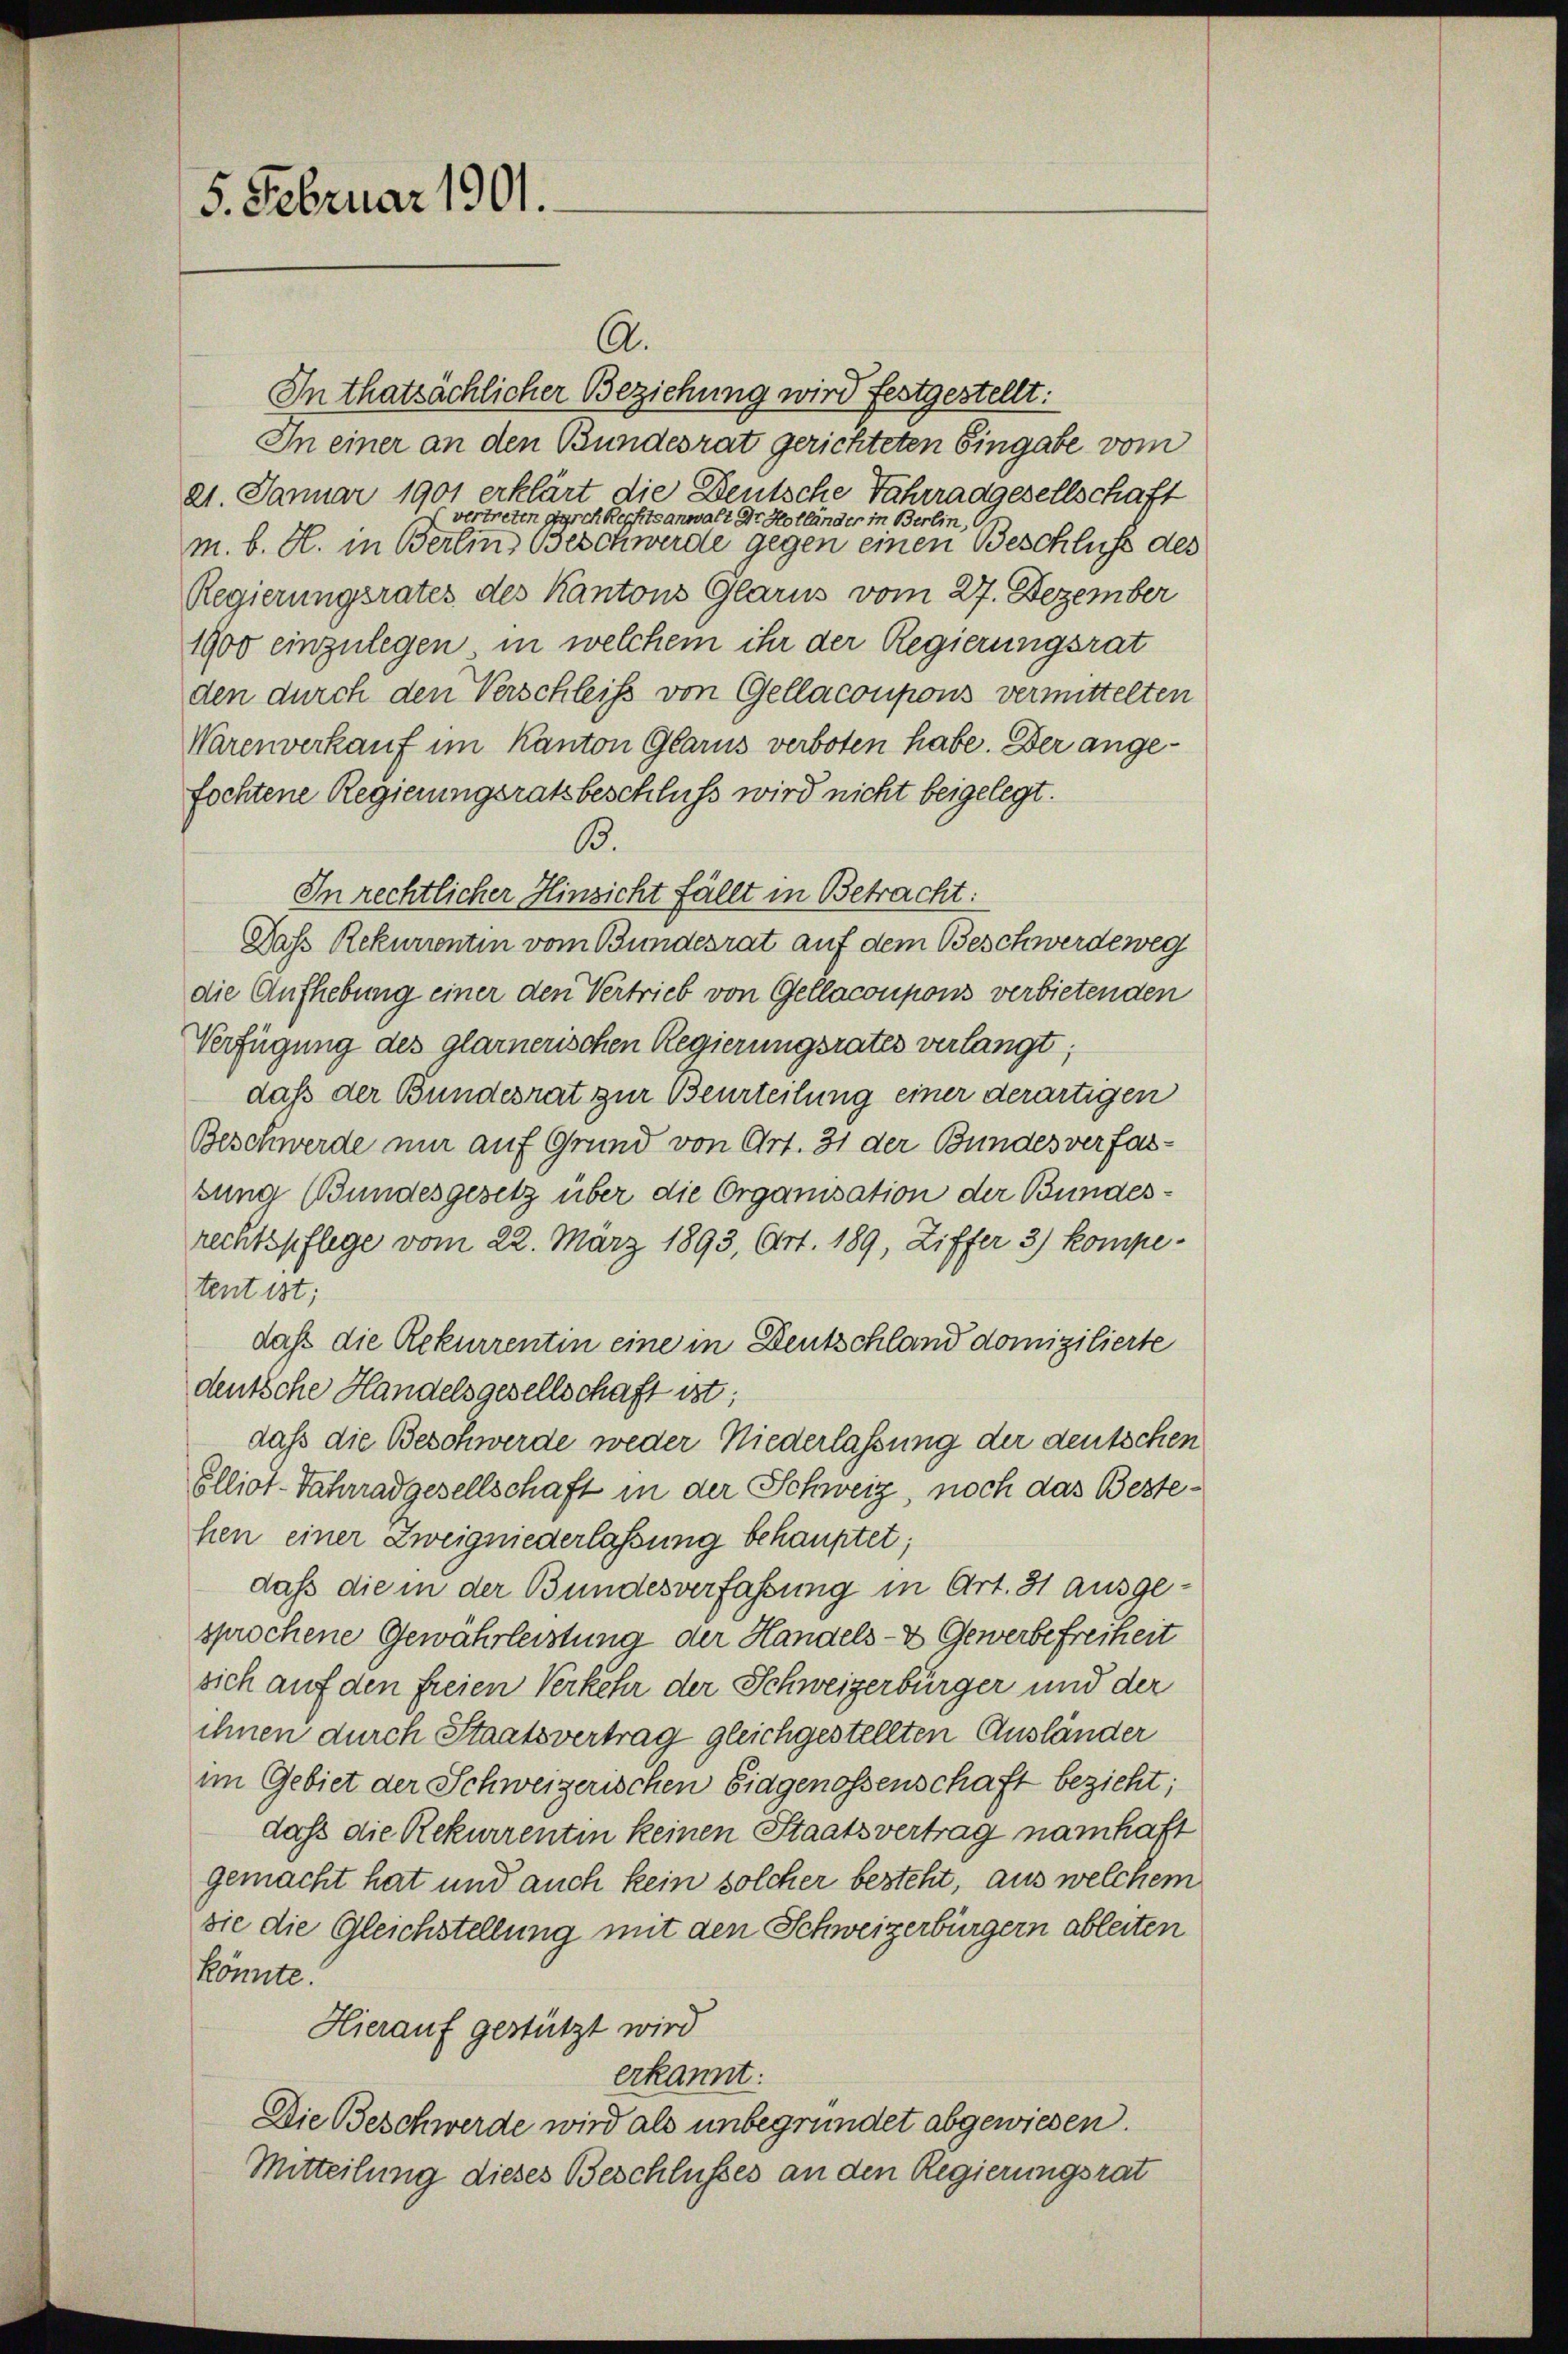
5. Februar 1901.

In thatsächlicher Beziehung wird festgestellt:
In einer an den Bundesrat gerichteten Eingabe vom
21. Januar 1901 erklärt die Deutsche Fahrrangesellschaft
vertreten durch Rechtsanwalt Dr Holländer in Berlin, Or
m. b. H. in Berlin, Beschwerde gegen einen Beschluss des
Regierungsrates des Kantons Glarus vom 27. Dezember
1900 einzulegen, in welchem ihr der Regierungsrat
den durch den Verschleiß von Gellacoupons vermittelten
Warenverkauf im Kanton Glarus verboten habe. Der angefochtene Regierungsratsbeschluss wird nicht beigelegt.
B.
In rechtlicher Hinsicht fällt in Betracht:
Daß Rekurrentin vom Bundesrat auf dem Beschwerdeweg
die Aufhebung einer den Vertrieb von Gellacoupons verbietenden
Verfügung des glarnerischen Regierungsrates verlangt;
daß der Bundesrat zur Beurteilung einer derartigen
Beschwerde nur auf Grund von Art. 31 der Bundes verfasbung Bundesgesetz über die Organisation der Bundesrechtspflege vom 22. März 1893, Art. 189, Ziffer 3) kompetent ist;
daß die Rekurrentin eine in Deutschland domizilierte
deutsche Handelsgesellschaft ist;
daß die Beschwerde weder Niederlassung der deutschen
Elliot-Fahrradgesellschaft in der Schweiz, noch das Bestehen einer Zweigniederlassung behauptet;
daß die in der Bundesverfassung in Art. 31 ausgesprochene Gewährleistung der Handels- & Gewerbefreiheit
sich auf den freien Verkehr der Schweizerbürger und der
ihnen durch Staatsvertrag gleichgestellten Ausländer
im Gebiet der Schweizerischen Eidgenossenschaft bezieht;
daß die Rekurrentin keinen Staatsvertrag namhaft
gemacht hat und auch kein solcher besteht, aus welchem
sie die Gleichstellung mit den Schweizerbürgern ableiten
könnte.
Hierauf gestützt wird
erkannt:
Die Beschwerde wird als unbegründet abgewiesen.
Mitteilung dieses Beschlusses an den Regierungsrat

A.